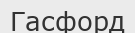
Гасфорд